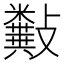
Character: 𣀰